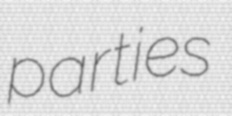
parties